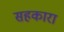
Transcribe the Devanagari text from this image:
सहकारा